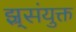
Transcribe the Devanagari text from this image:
झ्र्संयुक्त